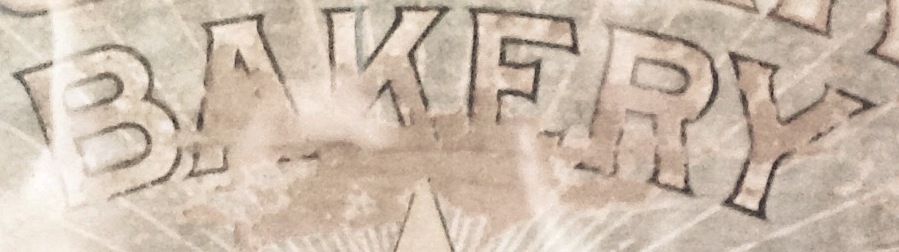
BAKERY